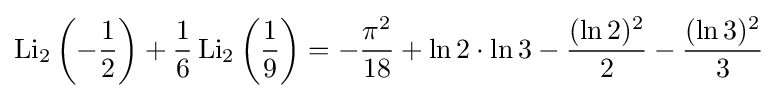
\operatorname {Li} _{2}\left(-{\frac {1}{2}}\right)+{\frac {1}{6}}\operatorname {Li} _{2}\left({\frac {1}{9}}\right)=-{\frac {{\pi }^{2}}{18}}+\ln 2\cdot \ln 3-{\frac {(\ln 2)^{2}}{2}}-{\frac {(\ln 3)^{2}}{3}}